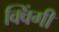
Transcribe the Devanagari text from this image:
क्विंगी